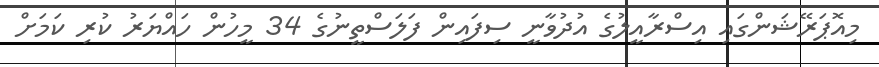
މިއޮޕަރޭޝަންގައި އިސްރާއީލުގެ އުދުވާނީ ސިފައިން ފަލަސްތީނުގެ 34 މީހުން ހައްޔަރު ކުރި ކަމަށް